Lunatic asylums Burma 1907-21 - 1907-1921
Year: 1907
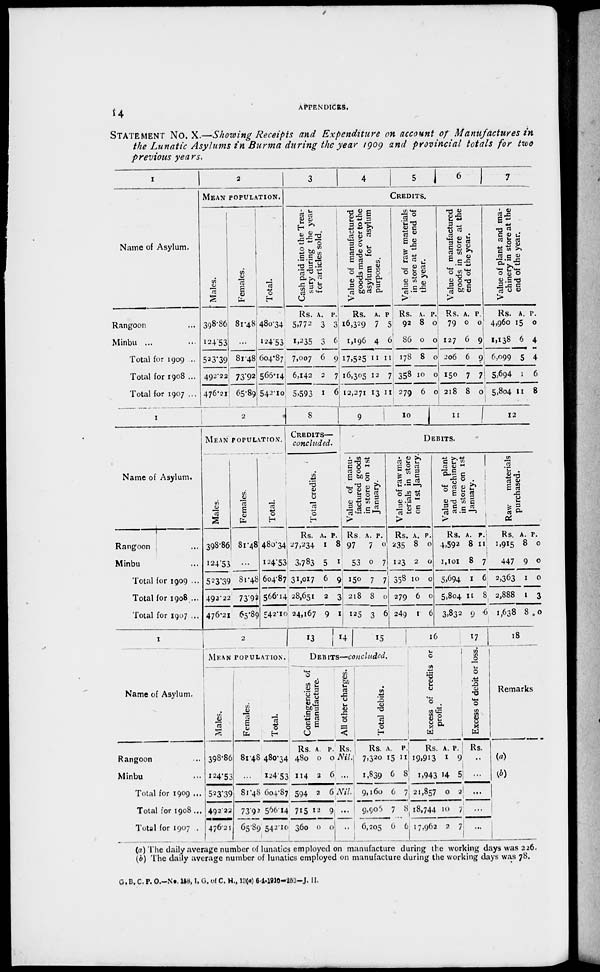
14
APPENDICES.
STATEMENT No. X.—Showing Receipts and Expenditure on account of Manufactures in
the Lunatic Asylums in Burma during the year 1909 and provincial totals for two
previous years.
1
Name of Asylum.
Rangoon ...
Minbu ... ...
Total for 1909 ...
Total for 1908 ...
Total for 1907 ...
2
MEAN POPULATION.
Males.
398.86
124.53
523.39
492.22
476.21
Females.
81.48
...
81.48
73.92
65.89
Total.
480.34
124.53
604.87
566.14
542.10
3
4
5
6
7
CREDITS.
Cash paid into the Trea-
sury during the year
for articles sold.
Rs.
5,772
1,235
7,007
6,142
5,593
A.
3
3
6
2
1
P.
3
6
9
7
6
Value of manufactured
goods made over to the
asylum for asylum
purposes.
Rs.
16,329
1,196
17,525
16,305
12,271
A.
7
4
11
12
13
P.
5
6
11
7
11
Value of raw materials
in store at the end of
the year.
Rs.
92
86
178
358
279
A.
8
0
8
10
6
P.
0
0
0
0
0
Value of manufactured
goods in store at the
end of the year.
Rs.
79
127
206
150
218
A.
0
6
6
7
8
P.
0
9
9
7
0
Value of plant and ma-
chinery in store at the
end of the year.
Rs.
4,960
1,138
6,099
5,694
5,804
A.
15
6
5
1
11
P.
0
4
4
6
8
1
Name of Asylum.
Rangoon ...
Minbu ...
Total for 1909 ...
Total for 1908 ...
Total for 1907 ...
2
MEAN POPULATION.
Males.
398.86
124.53
523.39
492.22
476.21
Females.
81.48
...
81.48
73.92
65.89
Total.
480.34
124.53
604.87
566.14
542.10
8
CREDITS—
concluded.
Total credits.
Rs.
27,234
3,783
31,017
28,651
24,167
A.
1
5
6
2
9
P. 8
1
9
3
1
9
10
11
12
DEBITS.
Value of manu-
factured goods
in store on 1st
January.
Rs.
97
53
150
218
125
A.
7
0
7
8
3
P.
0
7
7
0
6
Value of raw ma-
terials in store
on 1st January.
Rs.
235
123
358
279
249
A.
8
2
10
6
1
P.
0
0
0
0
6
Value of plant
and machinery
in store on 1st
January.
Rs.
4,592
1,101
5,694
5,804
3,832
A.
8
8
1
11
9
P.
11
7
6
8
6
Raw
materials
purchased.
Rs.
1,915
447
2,363
2,888
1,638
A.
8
9
1
1
8
P.
0
0
0
3
0
1
Name of Asylum.
Rangoon ...
Minbu ...
Total for 1909 ...
Total for 1908 ...
Total for 1907 ...
2
MEAN POPULATION.
Males.
398.86
124.53
523.39
492.22
476.21
Females.
81.48
...
81.48
73.92
65.89
Total.
480.34
124.53
604.87
566.14
542.10
13
14
15
DEBITS—concluded.
Contingencies of
manufacture.
Rs.
480
114
594
715
360
A.
0
2
2
12
0
P.
0
6
6
9
0
All other charges.
Rs.
Nil.
...
Nil.
...
...
Total debits.
Rs.
7,320
1,839
9,160
9,905
6,205
A.
15
6
6
7
6
P.
11
8
7
8
6
16
Excess of credits or
profit.
Rs.
19,913
1,943
21,857
18,744
17,962
A.
1
14
0
10
2
P.
9
5
2
7
7
17
Excess of debit or loss.
Rs.
...
...
...
...
...
18
Remarks.
(a)
(b)
(a) The daily average number of lunatics employed on manufacture during the working days was 226.
(b) The daily average number of lunatics employed on manufacture during the working days was 78.
G. D. C. P. O.—No. 158, I. G. of C. H., 13(a) 6-1-1910-253—J. H.